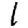
Digit: 1